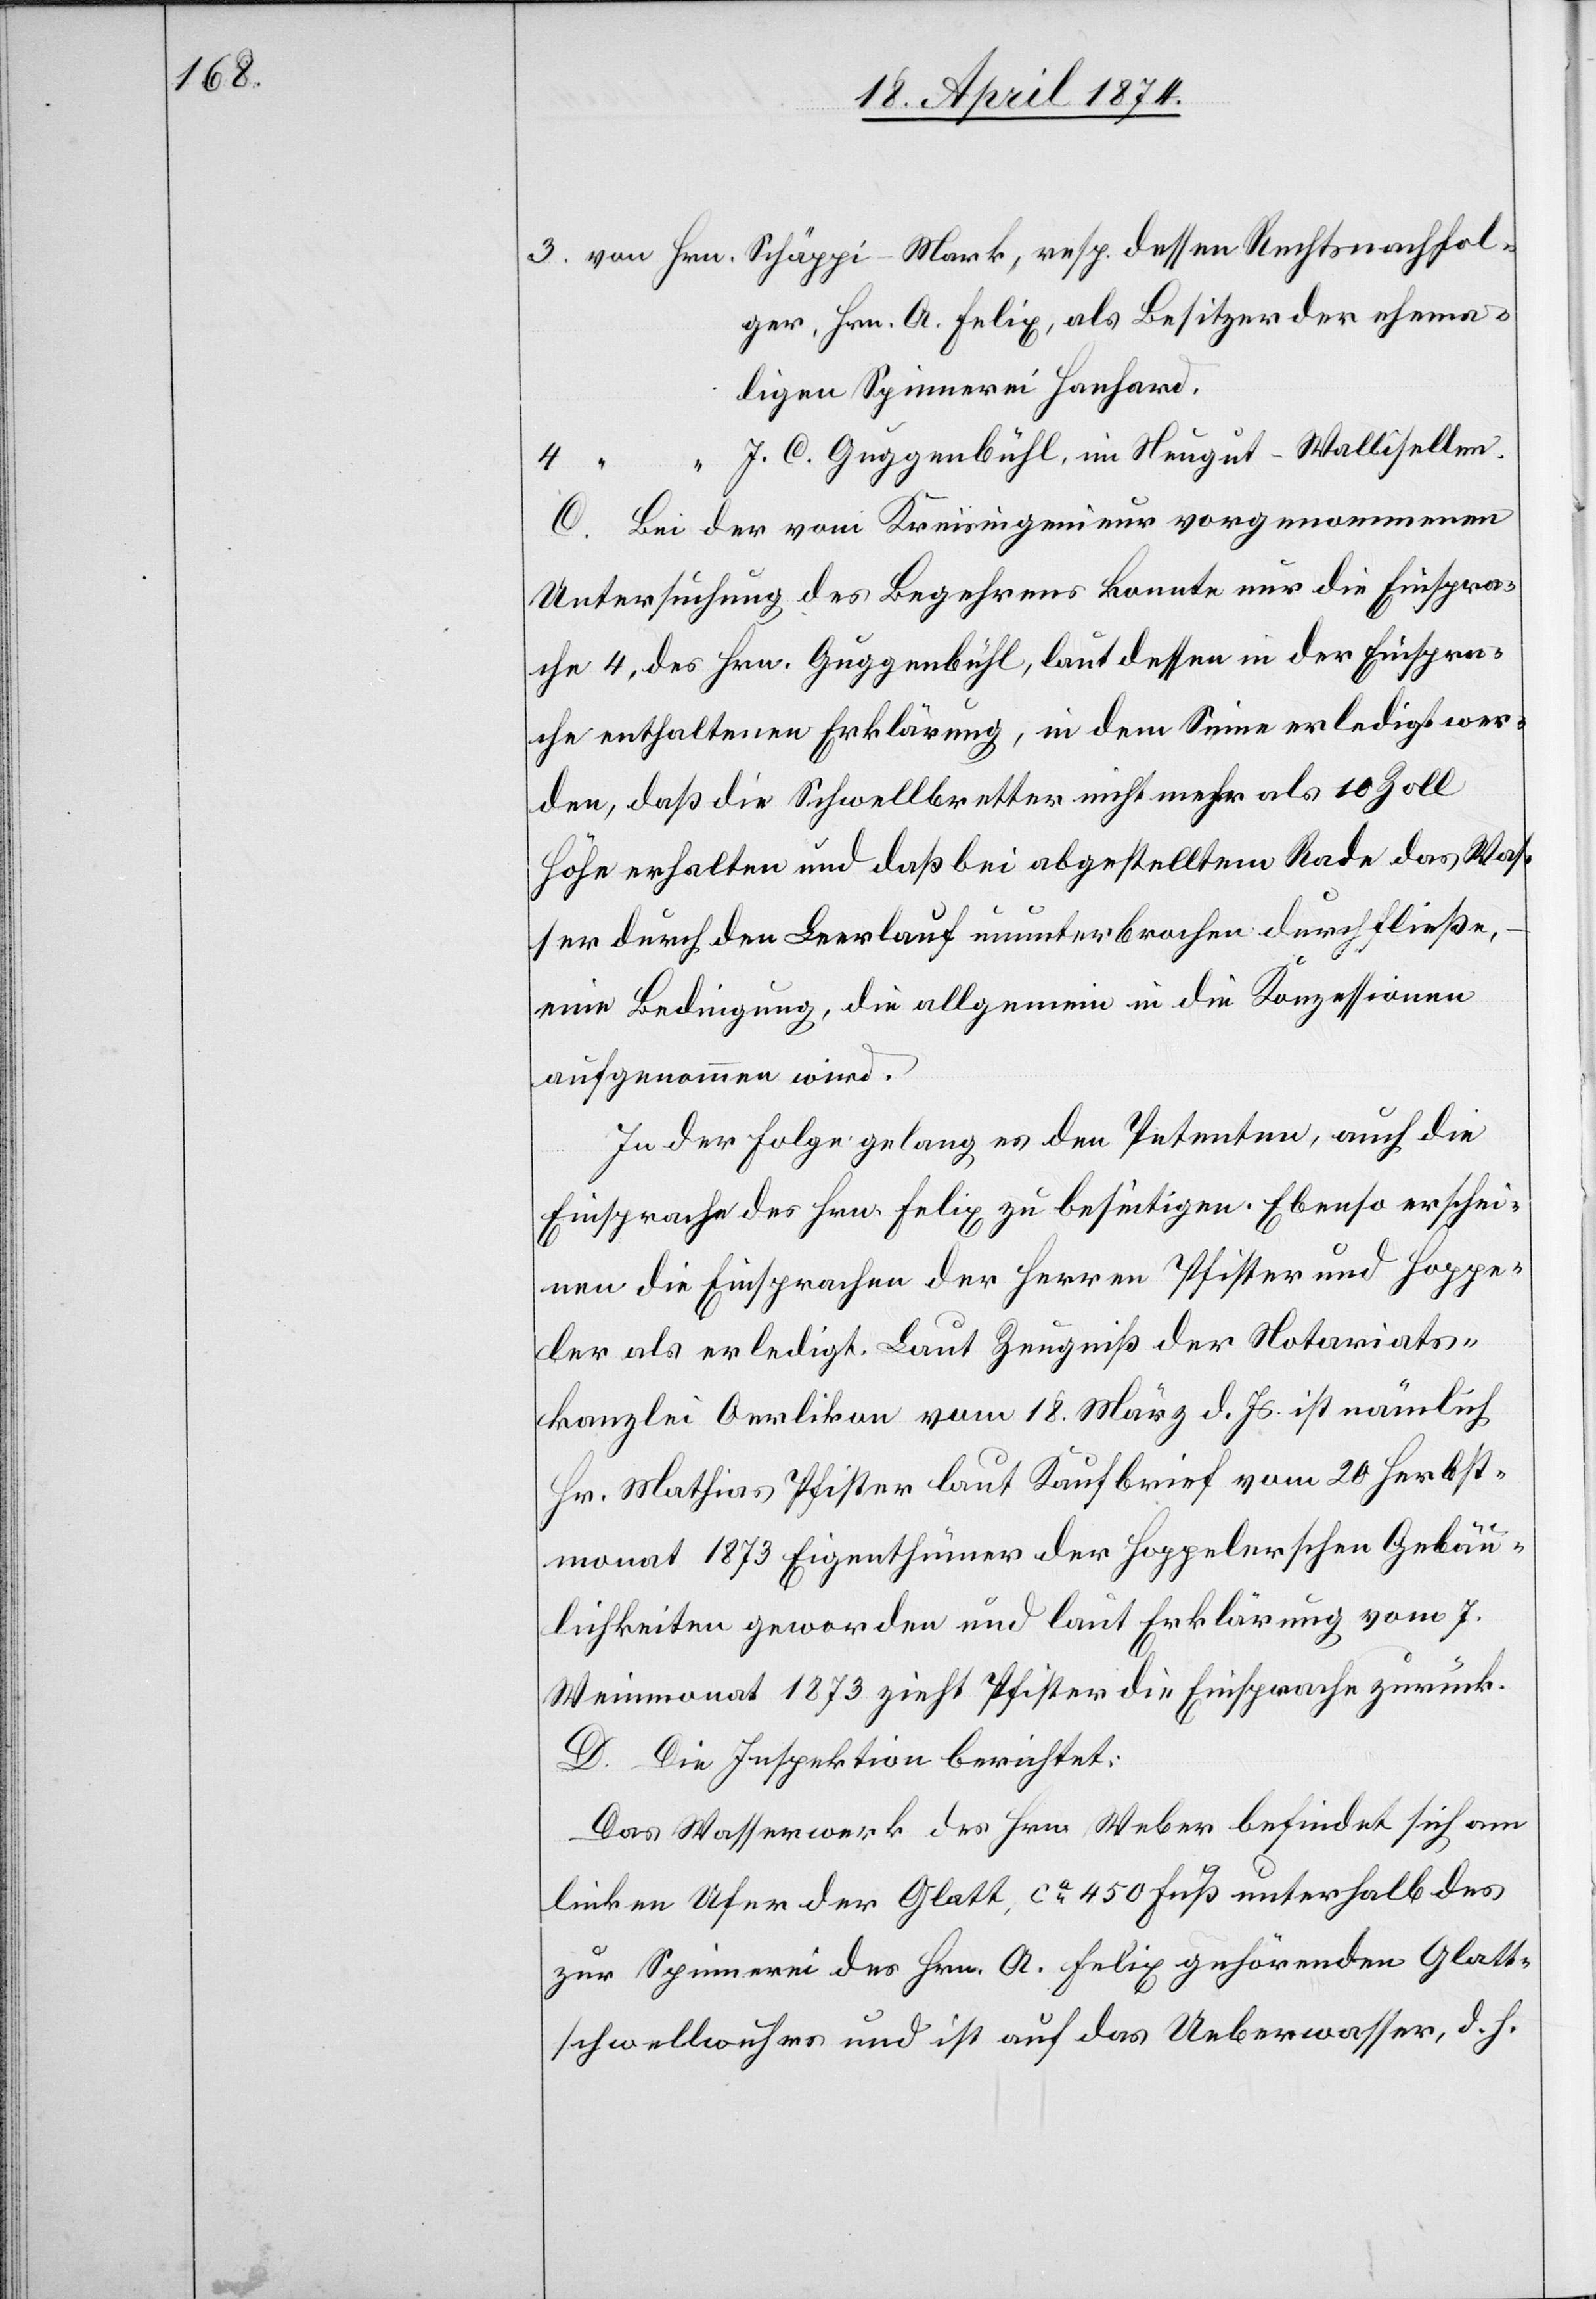
3. von Hrn. Schäppi-Mark, resp. dessen Rechtsnachfol¬
ger, Hrn. A. Felix, als Besitzer der
ligen Spinnerei Hanhard.
J. C. Guggenbühl, im Neugut-Wallisellen.
4.
“
C. Bei der vom Kreisingenieur vorgenommenen
Untersuchung des Begehrens konnte nur die Einspra¬
che 4 des Hrn. Guggenbühl, laut dessen in der Einspra¬
che enthaltenen Erklärung, in dem Sinne erledigt wer¬
den, daß die Schwellbretter nicht mehr als 10 Zoll
Höhe erhalten und daß bei abgestelltem Rade das Was¬
ser durch den Leerlauf ununterbrochen durchfließe,
eine Bedingung, die allgemein in die Konzessionen
aufgenommen wird.
In der Folge gelang es den Petenten, auch die
Einsprache des Hrn. Felix zu beseitigen. Ebenso erschei¬
nen die Einsprachen der Herren Pfister und Hoppe¬
ler als erledigt. Laut Zeugniß der Notariats¬
kanzlei Oerlikon vom 18. März d. Js. ist nämlich
Hr. Mathias Pfister laut Kaufbrief vom 20. Herbst¬
monat 1873 Eigenthümer der Hoppelerschen Gebäu¬
lichkeiten geworden und laut Erklärung vom 7.
Weinmonat 1873 zieht Pfister die Einsprache zurück.
D. Die Inspektion berichtet:
Das Wasserwerk des Hrn. Weber befindet sich am
linken Ufer der Glatt, ca 450 Fuß unterhalb des
zur Spinnerei des Hrn. A. Felix gehörenden Glatt¬
schwellwuhres und ist auf das Ueberwasser, d. h.